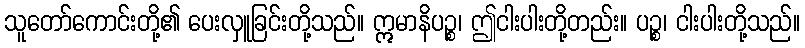
သူတော်ကောင်းတို့၏ ပေးလှူခြင်းတို့သည်။ ဣမာနိပဉ္စ၊ ဤငါးပါးတို့တည်း။ ပဉ္စ၊ ငါးပါးတို့သည်။